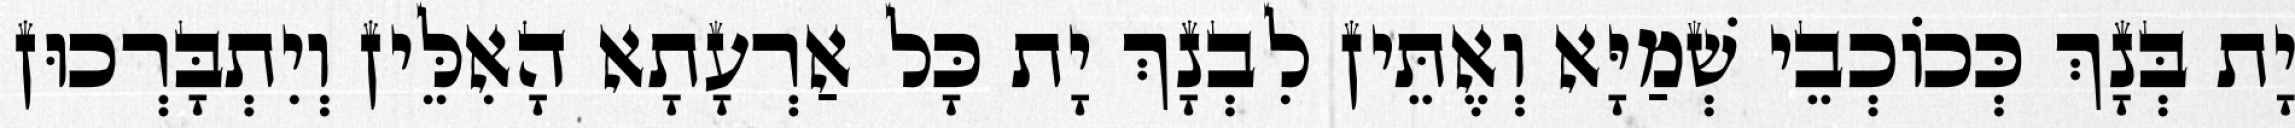
יָת בְּנָךְ כְּכוֹכְבֵי שְׁמַיָּא וְאֶתֵּין לִבְנָךְ יָת כָּל אַרְעָתָא הָאִלֵּין וְיִתְבָּרְכוּן